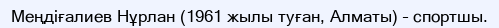
Меңдіғалиев Нұрлан (1961 жылы туған, Алматы) – спортшы.